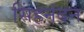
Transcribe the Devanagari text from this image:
सिंहनंदन